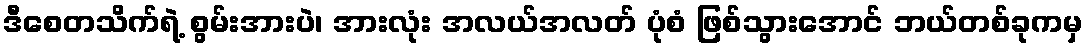
ဒီစေတသိက်ရဲ့ စွမ်းအားပဲ၊ အားလုံး အလယ်အလတ် ပုံစံ ဖြစ်သွားအောင် ဘယ်တစ်ခုကမှ